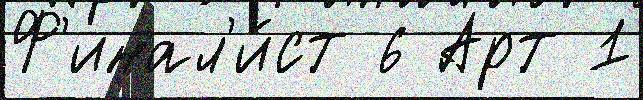
Ф'инал'и́ст 6 Арт 1